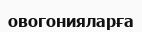
овогонияларға